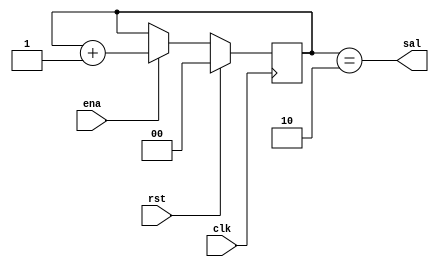
`timescale 1ns / 1ps

module cont2bits(clk,rst,ena,sal);
input clk,rst,ena;
reg [1:0]cuenta;output wire sal;
always @(negedge clk) 
	if(rst)
		cuenta=2'b0;
	else if(ena)
		cuenta=cuenta+1'b1;
	else
		cuenta=cuenta;		
assign sal = (cuenta == 2'b10);			
		
endmodule